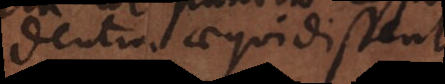
dentia aequidistent